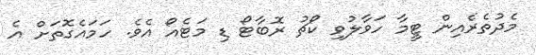
މެދުތެރެއިން ޓީމާ ހަވާލުވި ކޯޗު ރޮބާޓޯ ޑި މަޓެއޯ އެވެ. ހަމައެގޮތަށް އެ